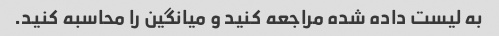
به لیست داده شده مراجعه کنید و میانگین را محاسبه کنید.